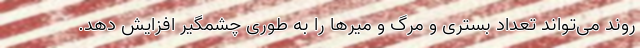
روند می‌تواند تعداد بستری و مرگ و میرها را به طوری چشمگیر افزایش دهد.